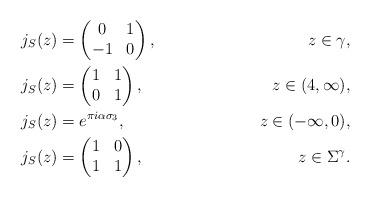
LaTeX: \begin{align*}j_S(z) &= \begin{pmatrix} 0 & 1 \\ -1 & 0 \\\end{pmatrix}, &z\in \gamma,\\j_S(z) &= \begin{pmatrix}1 & 1\\ 0 & 1 \\\end{pmatrix}, &z\in (4, \infty),\\j_S(z) &= e^{\pi i \alpha \sigma_3}, &z\in (-\infty,0),\\j_S(z) &= \begin{pmatrix} 1 & 0 \\ 1 & 1 \\\end{pmatrix}, &z \in \Sigma^\gamma.\end{align*}